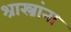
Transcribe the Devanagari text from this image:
श्रास्त्रांना